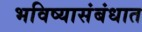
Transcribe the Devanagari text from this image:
भविष्यासंबंधात